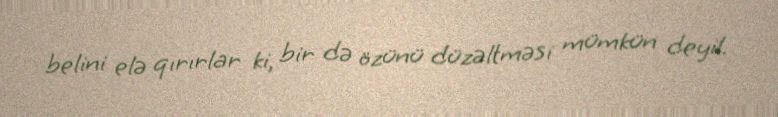
belini elə qırırlar ki, bir də özünü düzəltməsi mümkün deyil.